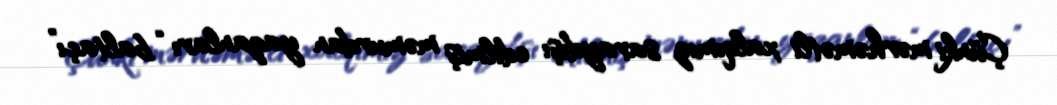
Çünki mərhəmətli xalqımız saraydışı edilmiş məmurdan yazanları “baltaçı”